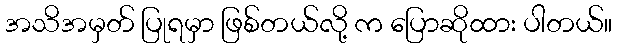
အသိအမှတ် ပြုရမှာ ဖြစ်တယ်လို့ က ပြောဆိုထား ပါတယ်။